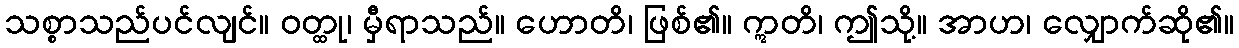
သစ္စာသည်ပင်လျင်။ ဝတ္ထု၊ မှီရာသည်။ ဟောတိ၊ ဖြစ်၏။ ဣတိ၊ ဤသို့။ အာဟ၊ လျှောက်ဆို၏။